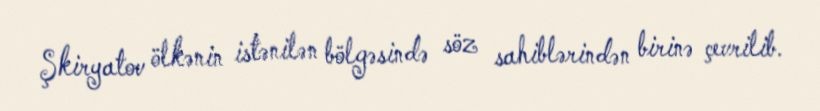
Şkiryatov ölkənin istənilən bölgəsində söz sahiblərindən birinə çevrilib.